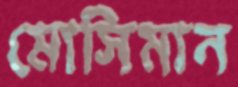
মোসিমান